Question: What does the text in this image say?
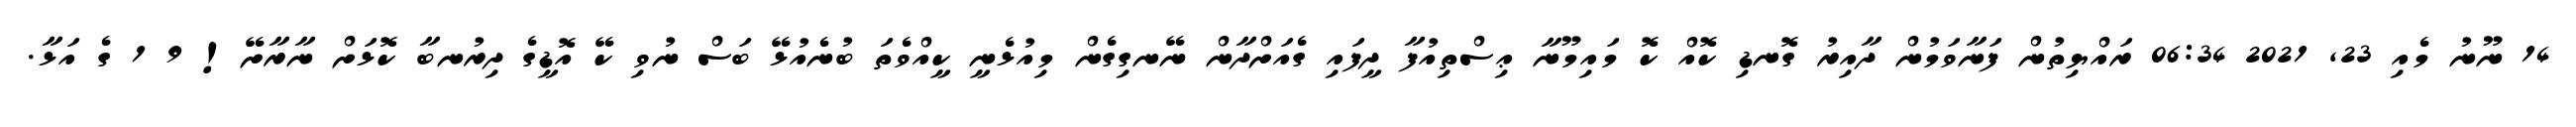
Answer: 14 ނޫނު މެއި 23, 2021 06:34 ރައްޔިތުން ފަނާވަމުން ދާއިރު ގޮނޑި ކޮއް ކޮ މައިމޫނާ ޢިސްތިއުފާ ދީފައި ގެއަށްދާން ނޭނގިގެން މިއުޅެނީ ކީއްވެތަ ބުނެއުޅޭ ބަސް ނުވި ކޭ އޮޑީގެ ދިރުނބާ ކޮޅަށް ނާރާށޭ! 9 1 ގެ އަޅާ.